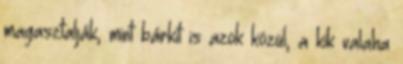
magasztalják, mint bárkit is azok közül, a kik valaha